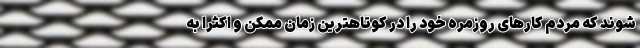
شوند که مردم کارهای روزمره خود را در کوتاهترین زمان ممکن و اکثرا به